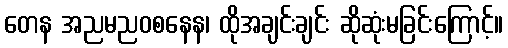
တေန အညမညဝစနေန၊ ထိုအချင်းချင်း ဆိုဆုံးမခြင်းကြောင့်။